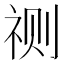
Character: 𮵛